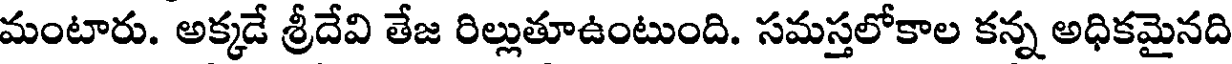
మంటారు. అక్కడే శ్రీదేవి తేజ రిల్లుతూఉంటుంది. సమస్తలోకాల కన్న అధికమైనది